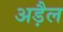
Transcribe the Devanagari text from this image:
अड़ैल